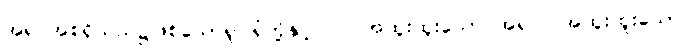
အရပ်အစရှိသည်၌ဖြစ်သောရူပါရုံတို့နှင့်။ ဝါ၊ အထူးထူးသော အရပ်။ အထူးထူးသော